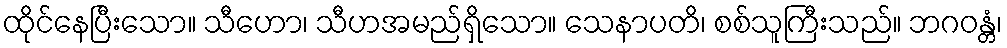
ထိုင်နေပြီးသော။ သီဟော၊ သီဟအမည်ရှိသော။ သေနာပတိ၊ စစ်သူကြီးသည်။ ဘဂဝန္တံ၊